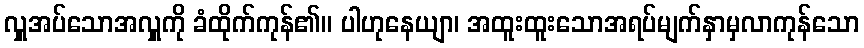
လှူအပ်သောအလှူကို ခံထိုက်ကုန်၏။ ပါဟုနေယျာ၊ အထူးထူးသောအရပ်မျက်နှာမှလာကုန်သော